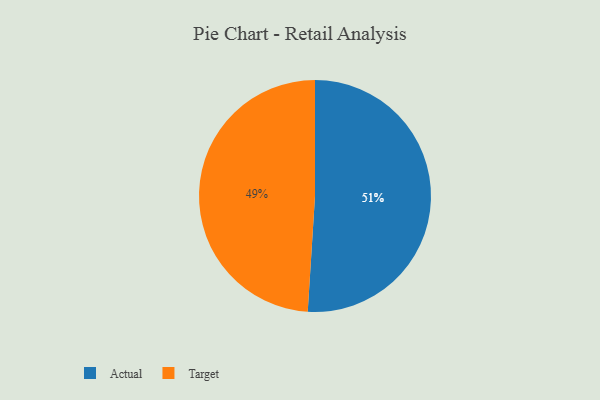
{"axis": {"x": "Category", "y": "Percentage"}, "legend": ["Actual", "Target"], "data": [{"x": "Target", "y": 49, "type": "Target"}, {"x": "Actual", "y": 51, "type": "Actual"}]}